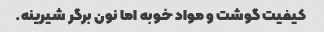
کیفیت گوشت و مواد خوبه اما نون برگر شیرینه.